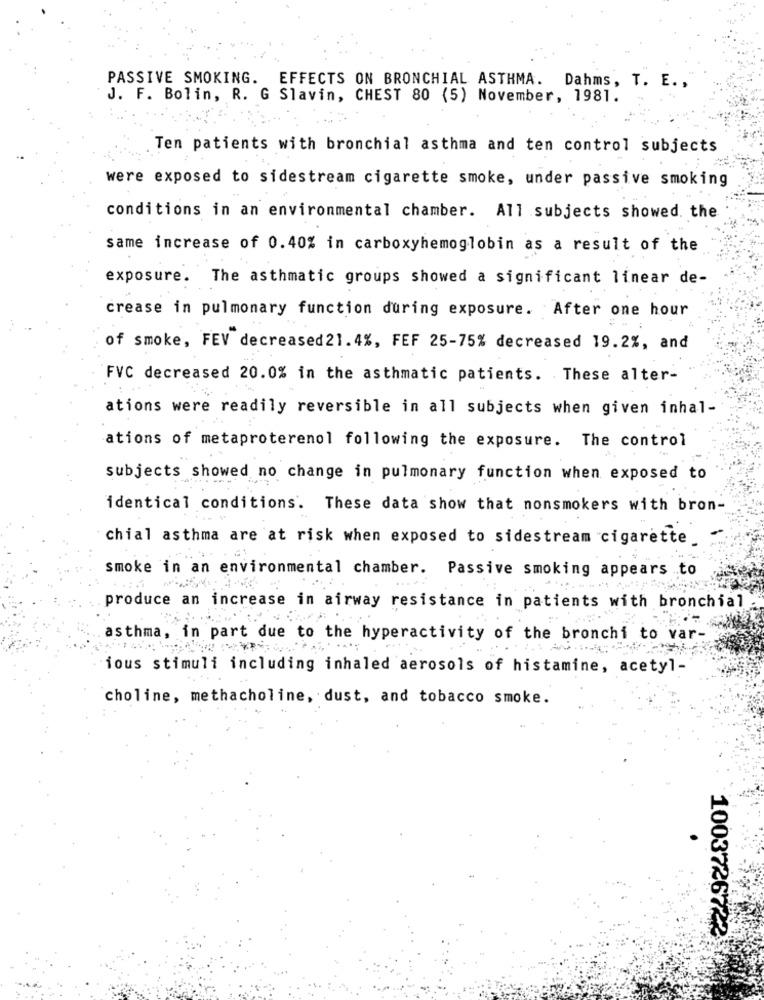
PASSIVE SMOKING. EFFECTS ON BRONCHIAL ASTHMA. Dahms, T. E .,
J. F. Bolin, R. G Slavin, CHEST 80 (5) November, 1981.
Ten patients with bronchial asthma and ten control subjects
were exposed to sidestream cigarette smoke, under passive smoking
conditions in an environmental chamber. All subjects showed. the
same increase of 0.40% in carboxyhemoglobin as a result of the
exposure. The asthmatic groups showed a significant linear de-
crease in pulmonary function during exposure. After one hour
of smoke, FEV decreased21.4%, FEF 25-75% decreased 19.2%, and
FVC decreased 20.0% in the asthmatic patients. These alter-
ations were readily reversible in all subjects when given inhal-
ations of metaproterenol following the exposure. The control
subjects showed no change in pulmonary function when exposed to
identical conditions. These data show that nonsmokers with bron-
chial asthma are at risk when exposed to sidestream cigarette_
smoke in an environmental chamber. Passive smoking appears .. to
produce an increase in airway resistance in patients with bronchial
asthma, in part due to the hyperactivity of the bronchi to var-
ious stimuli including inhaled aerosols of histamine, acetyl-
choline, methacholine, dust, and tobacco smoke.
1003726722